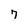
Character: 7